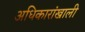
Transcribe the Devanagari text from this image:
अधिकारांखाली